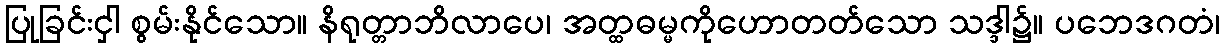
ပြုခြင်းငှါ စွမ်းနိုင်သော။ နိရုတ္တာဘိလာပေ၊ အတ္ထဓမ္မကိုဟောတတ်သော သဒ္ဒါ၌။ ပဘေဒဂတံ၊